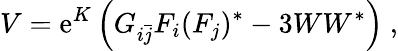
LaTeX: V=\mathrm{e}^{K}\left(G_{i{\bar{{j}}}}F_{i}(F_{j})^{*}-3WW^{*}\right)~,